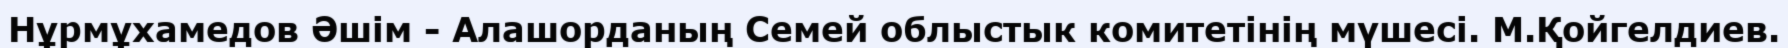
Нұрмұхамедов Әшім - Алашорданың Семей облыстык комитетінің мүшесі. М.Қойгелдиев.